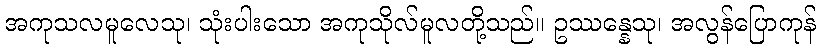
အကုသလမူလေသု၊ သုံးပါးသော အကုသိုလ်မူလတို့သည်။ ဥဿန္နေသု၊ အလွန်ပြောကုန်